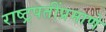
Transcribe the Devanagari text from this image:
राष्ट्रपतींप्रमाणे